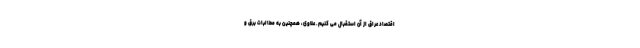
اقتصاد عراق از آن استقبال می کنیم. علاوی، همچنین به مطالبات برق و